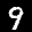
Label: 9